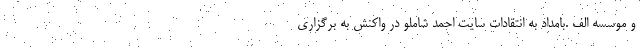
و موسسه الف .بامداد به انتقادات سایت احمد شاملو در واکنش به برگزاری